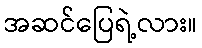
အဆင်ပြေရဲ့လား။